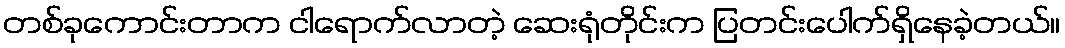
တစ်ခုကောင်းတာက ငါရောက်လာတဲ့ ဆေးရုံတိုင်းက ပြတင်းပေါက်ရှိနေခဲ့တယ်။